King Institute of Preventive Medicine Micro-Biological Section reports 1912-19
Year: 1912
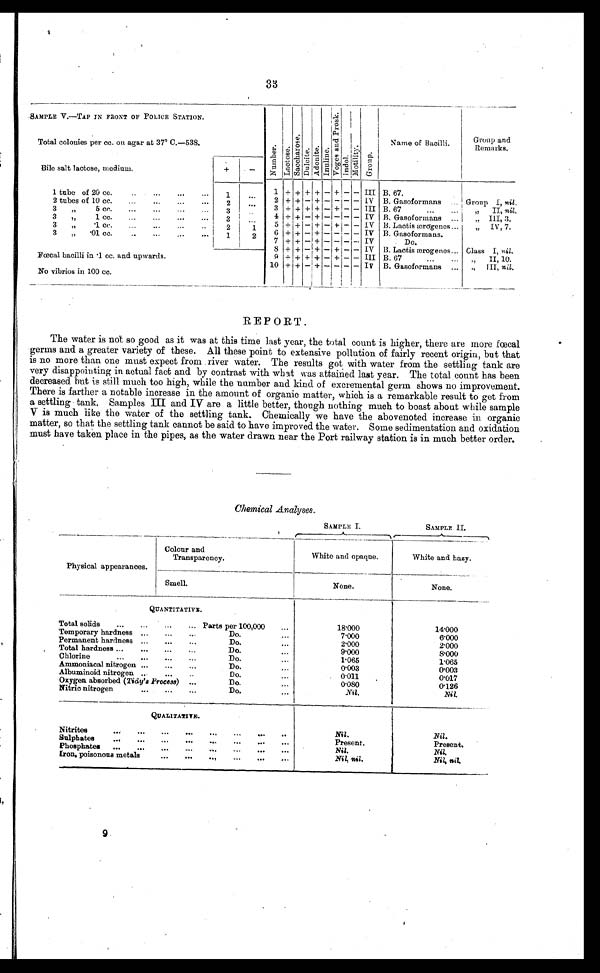
33
SAMPLE V.—TAP IN FRONT OF POLICE STATION.
Number.
Lact ose. Sacchar ose.
Dul ci t e.
Adoni te. Innline.
V o g e s a n d P r o s k .
Indol
Mot i l i t y.
.Group
Name of Bacilli.
Group and
Remarks.
Total colonies per cc. on agar at 37' C.—538.
Bile salt lactose, medium.
+
1 tube of 20 cc.
1
. . .
1 + + + + - +
- - III B. 67.
2 tubes of 10 cc.
2
. . . 2 + + - + -
- - - IV B. Gasoformans
Group I, ni l .
3 „ 5
c c .
3
. . . 3 + + + + - +
-
- III B. 67
..
,,
II, ni l .
3
„ 1 cc.
3
. . . 4 + + - +
- - - - IV B. Gasoformans
...
„ III, 3.
3
„ . 1 cc.
2
1
5
+ +
- +
- + - - IV B. Lactis ærogenes
...
„
IV, 7.
3 „ .01 cc.
1
2
6 + + - + -
- - - IV B. Gasoformans.
7 + +
- + -
- - - IV
Do.
8 + +
- + - + - - IV
B. Lactis ærogenes
Class I, nil.
Fœcal bacilli in .1 cc. and upwards.
9 + +
+ + -
+ - - III B. 67
„ II, 10.
No vibrios in 100 cc.
10 + +
- + -
- - - IV
B. Gasoformans
...
„ III, nil.
REPORT.
The water is not so good as it was at this time last year, the total count is higher, there are more fœcal
germs and a greater variety of these. All these point to extensive pollution of fairly recent origin, but that
is no more than one must expect from . river water. The results got with water from the settling tank are
very disappointing in actual fact and by contrast with what was attained last year. The total count has been
decreased. but is still much too high, while the number and kind of excremental germ shows no improvement.
There is farther a notable increase in the amount of organic matter, which is a remarkable result to get from
a settling tank. Samples III and IV are a little better, though nothing much to boast about while sample
V is much like the water of the settling tank. Chemically we have the abovenoted increase in organic
matter, so that the settling tank cannot be said to have improved the water. Some sedimentation and oxidation
must have taken place in the pipes, as the water drawn near the Port railway station is in much better order.
Chemical Analyses.
SAMPLE I.
SAMPLE II.
Physical appearances.
Colour and
Transparency.
White and opaque.
White and hazy.
Smell.
None.
None.
QUANTITATIVE.
Total solids
...
...
... Parts per 100,000
18.000
14.000
Temporary hardness ......
Do.
...
7.000
6.000
Permanent hardness ...
...
..,
Do.
...
2.000
2.000
Total hardness ...
...
...
Do.
...
9.000
8.000
Chlorine...
...
...
Do.
...
1.065
1.065
Ammoniacal nitrogen...
Do.
...
0'003
0'003
Albuminoid nitrogen ..
...
Do.
...
0.011
0'017
Oxygen absorbed ( Tidy' s Process) ...
Do.
...
0.080
0.126
Nitric nitrogen
...
...
...
Do.
..
Nil.
Nil.
Q U A L I T A T I V E .
Nitrites
...
...
...
... . ... ... ..
Nil.
Nil.
Sulphates
...
. . . . . . ... ... ... ...
Present.
Present.
Phosphates
...
...
...
...
...
...
Nil.
Nil.
Iron, poisonous metals
...
...
...
...
...
Nil, nil.
Nil, nil.